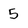
Character: 5